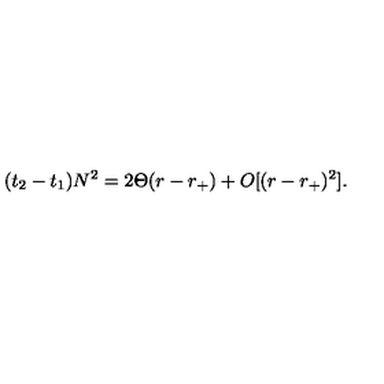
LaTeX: ( t _ { 2 } - t _ { 1 } ) N ^ { 2 } = 2 \Theta ( r - r _ { + } ) + O [ ( r - r _ { + } ) ^ { 2 } ] .